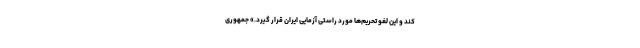
کند و این لغو تحریم‌ها مورد راستی آزمایی ایران قرار گیرد.» جمهوری